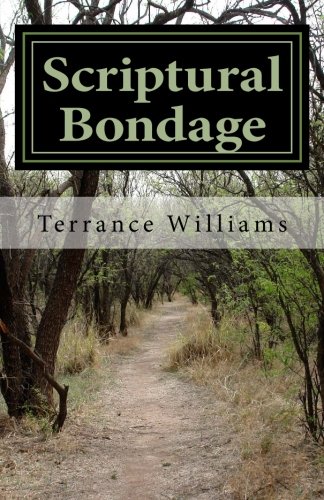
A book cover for Scriptural Bondage: Understanding How God "Meets Us Where We Are"; Terrance A. Williams Jr.; Christian Books & Bibles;